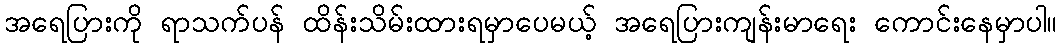
အရေပြားကို ရာသက်ပန် ထိန်းသိမ်းထားရမှာပေမယ့် အရေပြားကျန်းမာရေး ကောင်းနေမှာပါ။